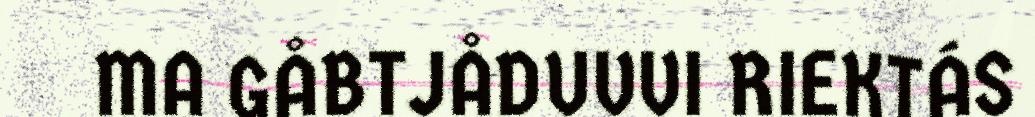
MA GÅBTJÅDUVVI RIEKTÁS